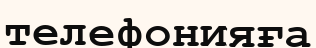
телефонияға